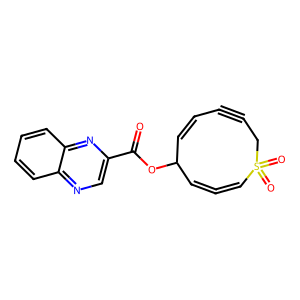
SMILES: O=C(OC1C=C=CS(=O)(=O)CC#CC=C1)c1cnc2ccccc2n1
Inhibits HIV replication: No